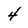
Character: 4